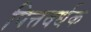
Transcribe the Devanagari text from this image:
पित्तवर्धक